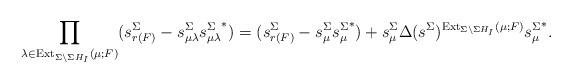
LaTeX: \begin{align*}\prod_{\lambda\in \mathrm{Ext}_{\Sigma\setminus \Sigma H_I}(\mu;F)}(s_{r(F)}^\Sigma-s_{\mu\lambda}^\Sigma{s_{\mu\lambda}^\Sigma}^*)=(s_{r(F)}^\Sigma-s_\mu^\Sigma{s_\mu^\Sigma}^*)+s_\mu^\Sigma\Delta(s^\Sigma)^{\mathrm{Ext}_{\Sigma\setminus \Sigma H_I}(\mu;F)}{s_\mu^\Sigma}^*.\end{align*}